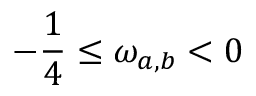
- \frac { 1 } { 4 } \leq \omega _ { a , b } < 0